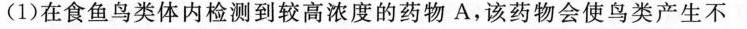
(1)在食鱼鸟类体内检测到较高浓度的药物A，该药物会使鸟类产生不